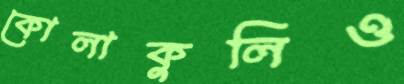
কোলাকুলিও